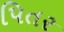
પિતર